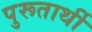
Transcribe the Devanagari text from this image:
पुरूतार्थी